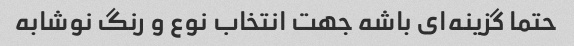
حتما گزینه‌ای باشه جهت انتخاب نوع و رنگ نوشابه